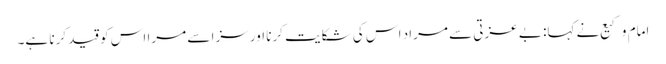
امام وکیع نے کہا: بے عزتی سے مراد اس کی شکایت کرنا اور سزا سے مرا اس کو قید کرنا ہے۔